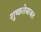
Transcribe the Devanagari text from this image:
शुष्कतेबाबत